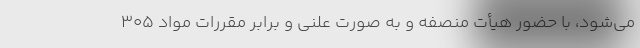
می‌شود، با حضور هیأت منصفه و به صورت علنی و برابر مقررات مواد ۳۰۵